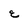
Character: E